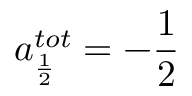
a _ { \frac 1 2 } ^ { t o t } = - \frac 1 2